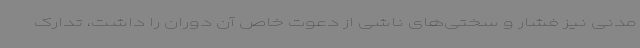
مدنی نیز فشار و سختی‌های ناشی از دعوت خاص آن دوران را داشت، تدارک